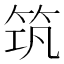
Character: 筑